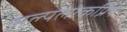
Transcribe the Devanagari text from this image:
अल्पलोकप्रिय